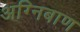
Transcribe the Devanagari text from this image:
अग्‍निबाण